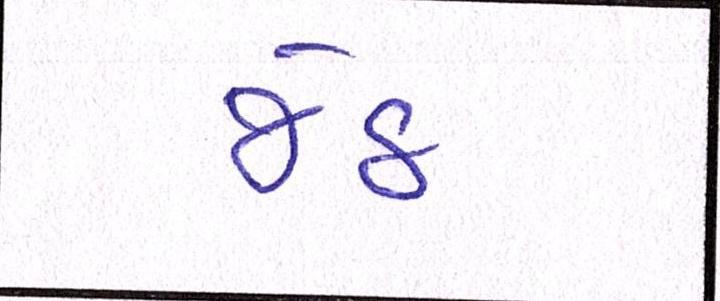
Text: જેઠ